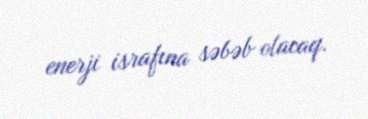
enerji israfına səbəb olacaq.